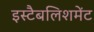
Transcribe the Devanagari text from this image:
इस्‍टैबलिशमेंट